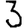
Digit: 3